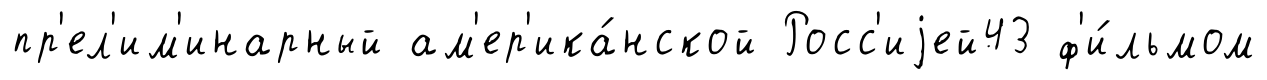
пр'ел'им'инарный ам'ер'ика́нской Росс'иjей43 ф'и́льмом